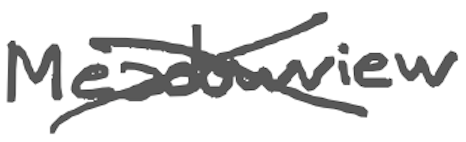
Text: Meadowview
Cross-out: cross
Writing tool: digital_gray